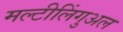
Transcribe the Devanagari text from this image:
मल्टीलिंगुअल